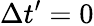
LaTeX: \Delta t^{\prime}=0